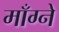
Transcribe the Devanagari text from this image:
माँग्ने